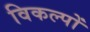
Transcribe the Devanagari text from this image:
विकल्‍पों